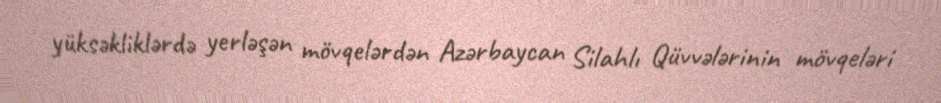
yüksəkliklərdə yerləşən mövqelərdən Azərbaycan Silahlı Qüvvələrinin mövqeləri